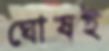
ঘোষই